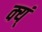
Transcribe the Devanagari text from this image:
क्य्ं